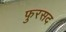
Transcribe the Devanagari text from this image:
फुरसद